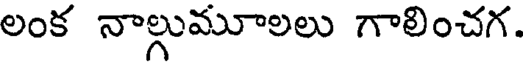
లంక నాల్గుమూలలు గాలించగ.